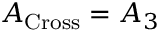
A _ { \mathrm { C r o s s } } = A _ { 3 }